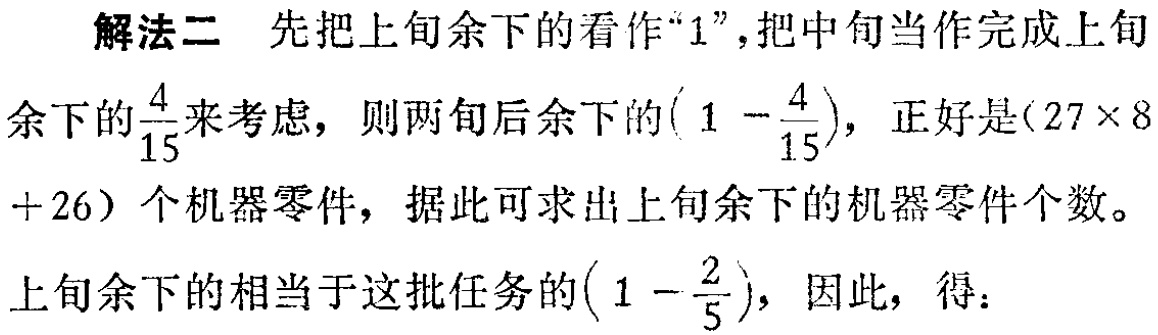
解法二 先把上旬余下的看作“$1$”，把中旬当作完成上旬

余下的$\frac{4}{15}$来考虑，则两旬后余下的$(1 - \frac{4}{15})$，正好是$(27\times 8 + 26)$个机器零件，据此可求出上旬余下的机器零件个数。

上旬余下的相当于这批任务的$(1 - \frac{2}{5})$，因此，得：